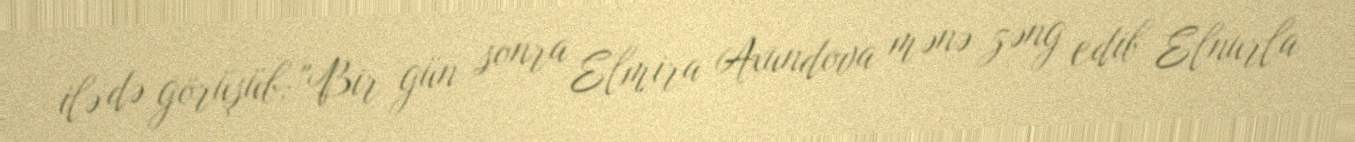
ilə də görüşüb: "Bir gün sonra Elmira Axundova mənə zəng edib Elnurla